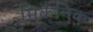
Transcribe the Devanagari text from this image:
मिकैनिक